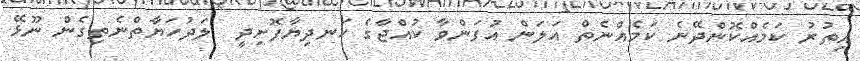
އިތުރު ކަމެއްކޮންދޭނެ ކަމެއްނެތް އަލަން އުފަންވާ ކުއްޖާގެ ހަނދިޔާފޮށިދީ  ލަދުހަޔާތްނެތިގެން ނޫޅޭ